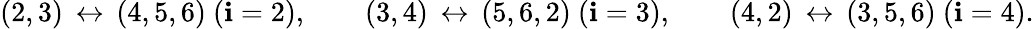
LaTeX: (2,3)\, \leftrightarrow\, (4,5,6)\ (\mathbf{i}=2),\qquad(3,4)\, \leftrightarrow\, (5,6,2)\ (\mathbf{i}=3),\qquad(4,2)\, \leftrightarrow\, (3,5,6)\ (\mathbf{i}=4).